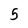
Character: 5